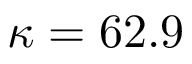
\kappa = 6 2 . 9